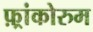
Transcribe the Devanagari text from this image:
फ़्रांकोरुम